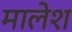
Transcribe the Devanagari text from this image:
मालेश